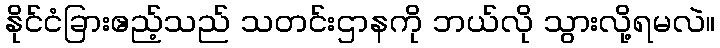
နိုင်ငံခြားဧည့်သည် သတင်းဌာနကို ဘယ်လို သွားလို့ရမလဲ။